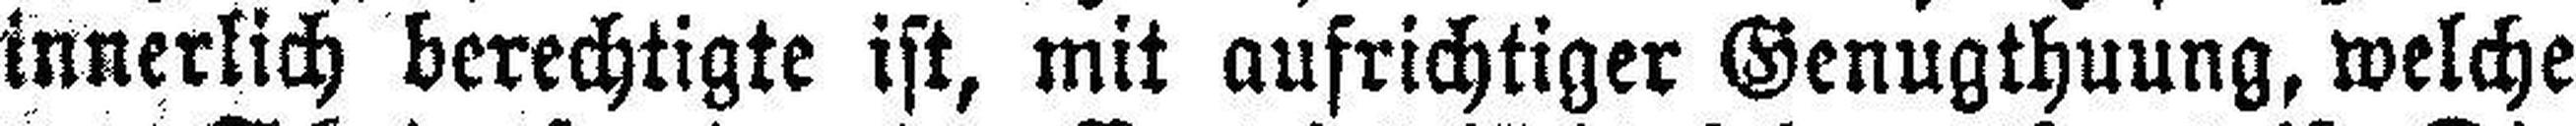
innerlich berechtigte ist, mit aufrichtiger Genugthuung, welche